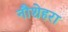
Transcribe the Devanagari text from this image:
नौशेहरा